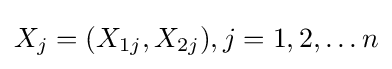
X_{j}=(X_{1j},X_{2j}),j=1,2,\dots n